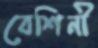
বেশিনী